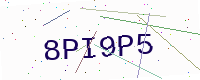
Text: 8PI9P5